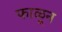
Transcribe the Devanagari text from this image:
फाळून